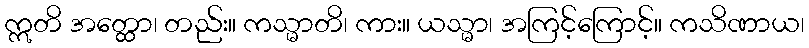
ဣတိ အတ္ထော၊ တည်း။ ကသ္မာတိ၊ ကား။ ယသ္မာ၊ အကြင့်ကြောင့်။ ကသိဏာယ၊